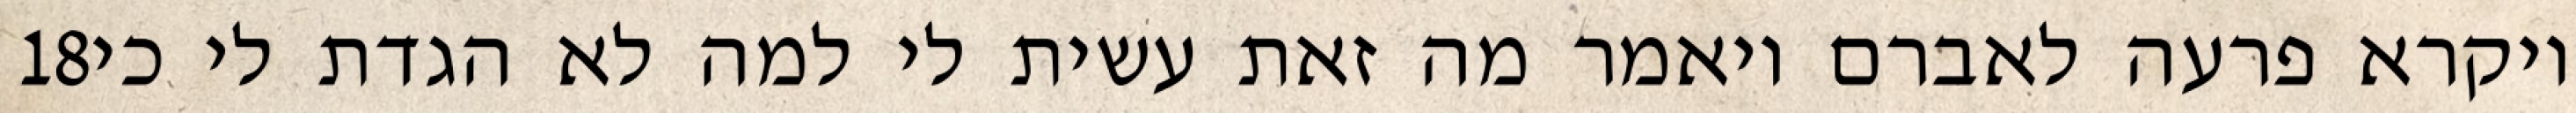
‎18‏ ויקרא פרעה לאברם ויאמר מה זאת עשית לי למה לא הגדת לי כי